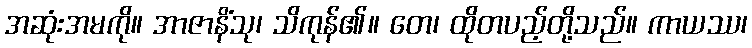
အဆုံးအမကို။ အာဇာနိံသု၊ သိကုန်၏။ တေ၊ ထိုတပည့်တို့သည်။ ကာယဿ၊